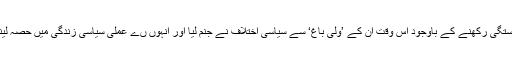
عوامی نیشنل پارٹی سے طویل وابستگی رکھنے کے باوجود اس وقت ان کے ’ولی باغ‘ سے سیاسی اختلاف نے جنم لیا اور انہوں ںے عملی سیاسی زندگی میں حصہ لینے کے لیے اپنی راہیں جدا کرلیں۔